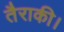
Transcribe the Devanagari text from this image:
तैराकी।